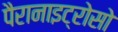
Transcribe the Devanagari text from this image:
पैरानाइट्रोसो